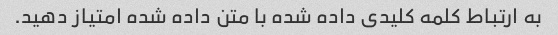
به ارتباط کلمه کلیدی داده شده با متن داده شده امتیاز دهید.